Report on vaccination North-West Frontier Province 1904-1922 - 1904-1922
Year: 1904
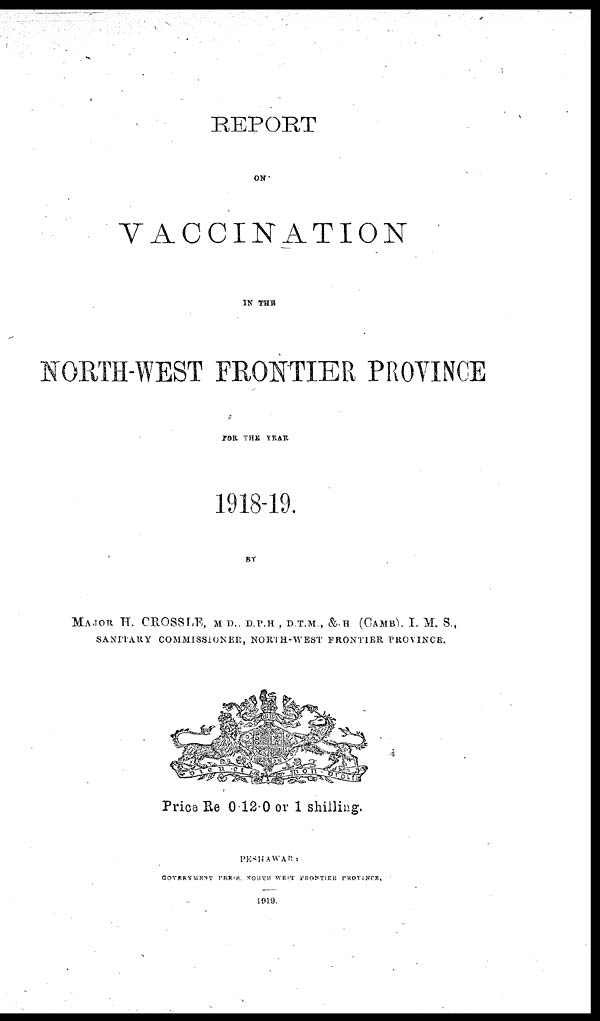
REPORT
ON
VACCINATION
IN THE
NORTH-WEST FRONTIER PROVINCE
FOR THE YEAR
1918-19.
BY
MAJOR H. CROSSLE, M D. D.P.H , D.T.M., &.H (CAMB). I. M. S.,
SANITARY COMMISSIONER, NORTH-WEST FRONTIER PROVINCE.
Price Re 0-12-0 or 1 shilling.
PESHAWAR :
GOVERNMENT PRESS, NORTH- WEST FRONTIER PROVINCE.
1919.